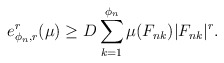
\begin{align*}e_{\phi_{n},r}^{r}(\mu)\geq D\sum_{k=1}^{\phi_{n}}\mu(F_{nk})|F_{nk}|^{r}.\end{align*}